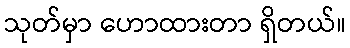
သုတ်မှာ ဟောထားတာ ရှိတယ်။